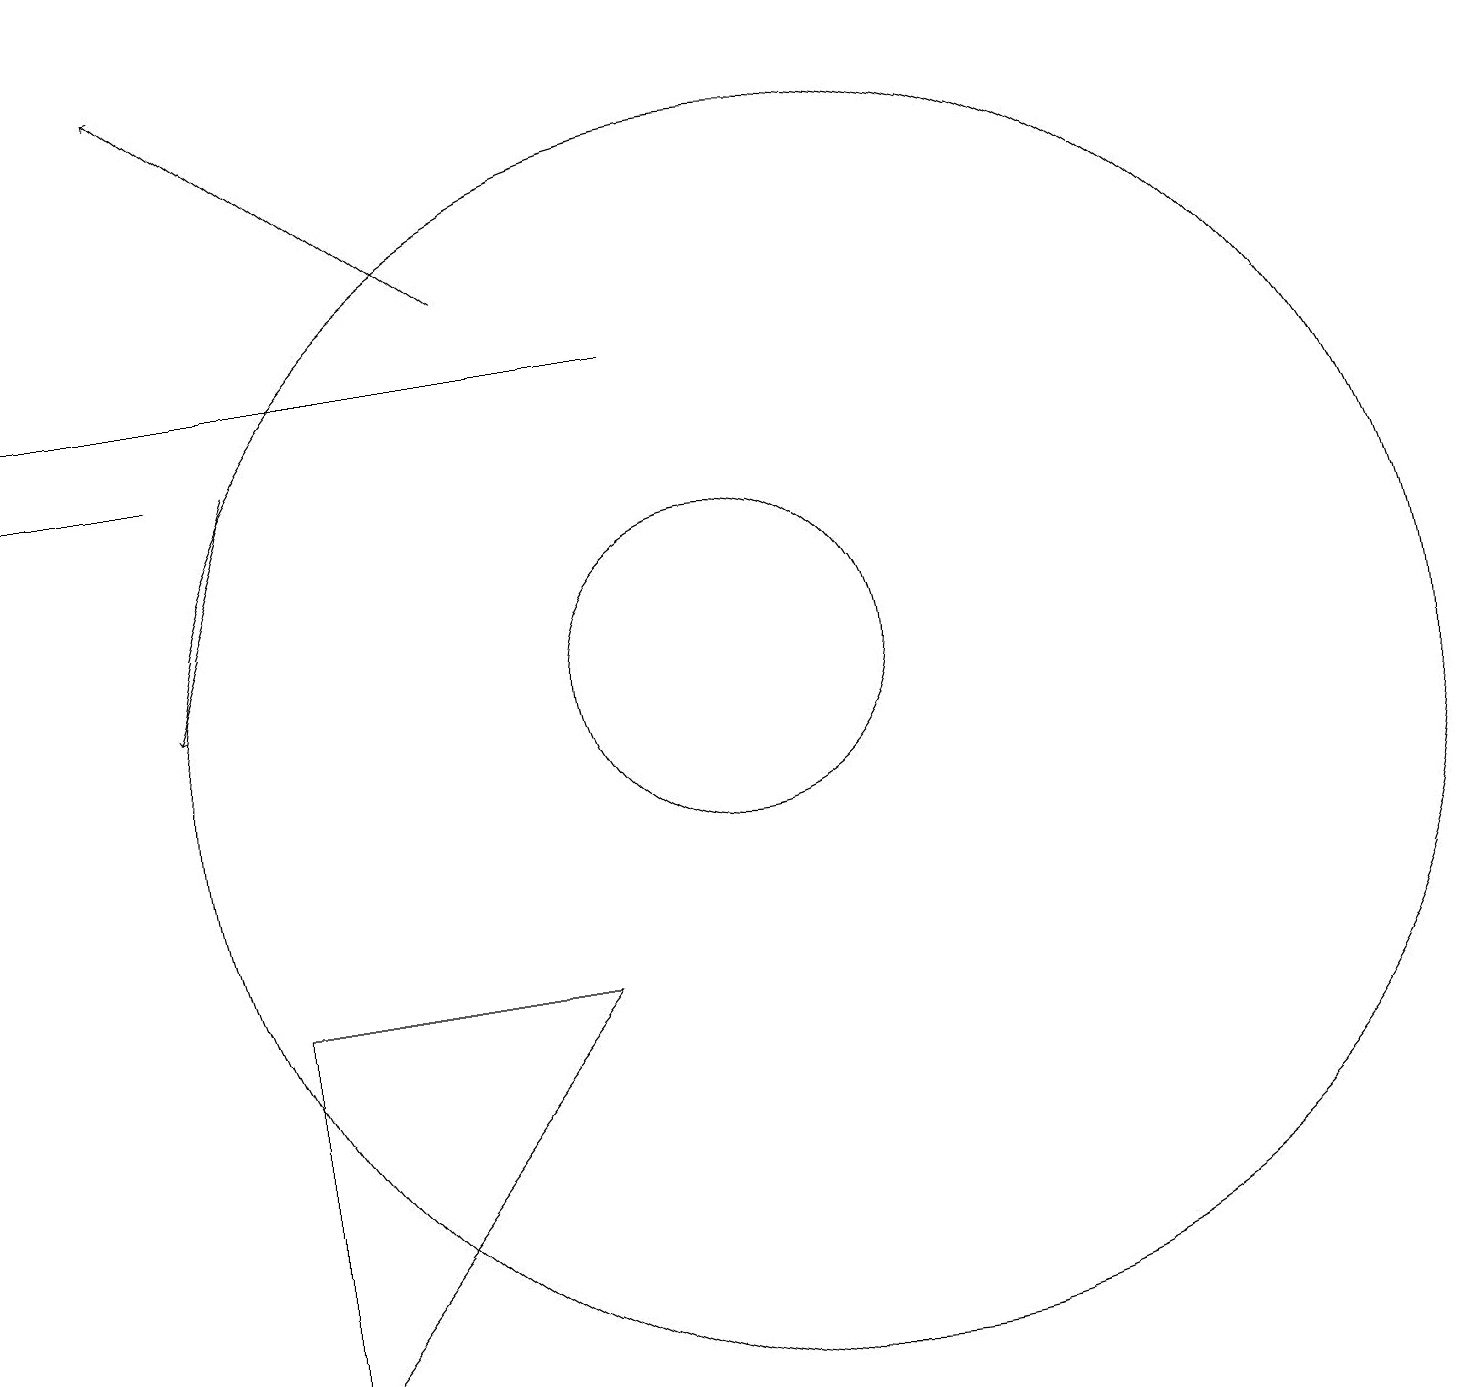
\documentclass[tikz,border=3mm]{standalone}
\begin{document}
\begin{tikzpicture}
\draw (11,10) circle (8);
\draw[->] (7,16) -- (3,19);
\draw (10,11) circle (2);
\draw[->] (4,14) -- (3,11);
\draw[->] (9,15) -- (1,15);
\draw (4,7) -- (8,7) -- (4,2) -- cycle;
\draw (1,14) rectangle (3,14);
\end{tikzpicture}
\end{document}